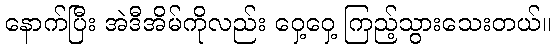
နောက်ပြီး အဲဒီအိမ်ကိုလည်း ဝှေ့ဝှေ့ ကြည့်သွားသေးတယ်။